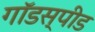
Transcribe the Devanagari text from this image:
गॉडस्पीड